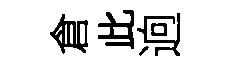
倉此逈